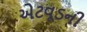
એટવૂડની